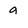
Character: 9